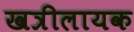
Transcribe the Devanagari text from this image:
खत्रीलायक